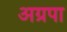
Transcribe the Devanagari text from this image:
अग्रपा